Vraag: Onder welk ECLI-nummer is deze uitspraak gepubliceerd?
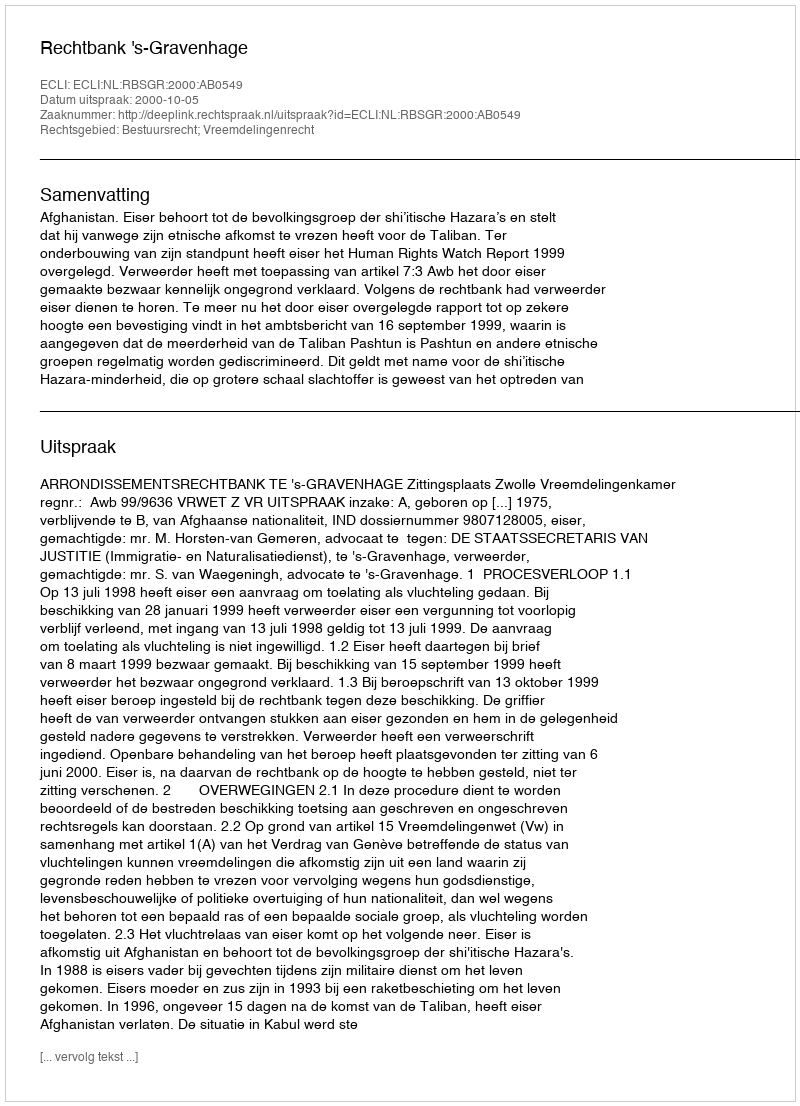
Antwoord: ECLI:NL:RBSGR:2000:AB0549